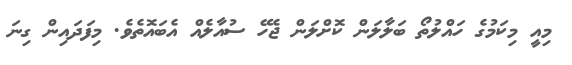
މިއީ މިކަމުގެ ހައްލުތޯ ބަލާލަން ކޮށްލަން ޖެހޭ ސުއާލެއް އެބައޮތެވެ. މިފަދައިން ގިނަ